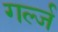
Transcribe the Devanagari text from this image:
गर्ल्‍ज